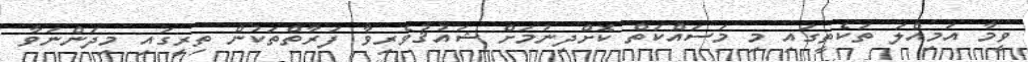
ވީމާ އަމިއްލަ ތަކެތީގައި މި މަސައްކަތް ކޮށްދިނުމަށް ޝައުޤުވެރިވާ ފަރާތްތަކުން ތިރީގައި މިދަންނަވާ